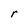
Character: r